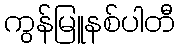
ကွန်မြူနစ်ပါတီ